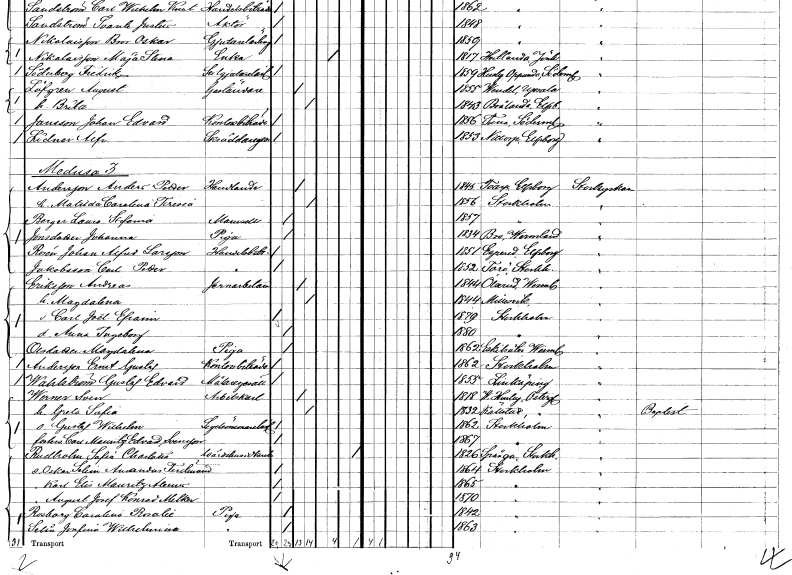
gt_parse: households: individuals: FN: Anders Petter
EN: Andersson
YRKE: Handlande
KON: M
CIV: G
FODAR: 1845
FODFORS: Toarp Älvsborgs län
FN: Matilda Carolina Teresia
KON: K
CIV: G
FODAR: 1856
FODFORS: Stockholm
FN: Laura Stefania
EN: Berger
KON: K
CIV: O
FODAR: 1857
FODFORS: Stockholm
FN: Johanna
EN: Jonsdotter
YRKE: Piga
KON: K
CIV: O
FODAR: 1834
FODFORS: Bro Värmlands län
FN: Johan Alfred
EN: Rosén Larsson
YRKE: Handelsbiträde
KON: M
CIV: O
FODAR: 1851
FODFORS: Äspered Älvsborgs län
FN: Carl Petter
EN: Jakobsson
YRKE: Handelsbiträde
KON: M
CIV: O
FODAR: 1852
FODFORS: Torö Stockholms län
FN: Andreas
EN: Eriksson
YRKE: Järnarbetare
KON: M
CIV: G
FODAR: 1844
FODFORS: Ölserud Värmlands län
FN: Magdalena
KON: K
CIV: G
FODAR: 1844
FODFORS: Millesvik Värmlands län
FN: Carl Joël Efraim
KON: M
CIV: O
FODAR: 1879
FODFORS: Stockholm
FN: Anna Ingeborg
KON: K
CIV: O
FODAR: 1880
FODFORS: Stockholm
FN: Magdalena
EN: Olsdotter
YRKE: Piga
KON: K
CIV: O
FODAR: 1862
FODFORS: Eskilsäter Värmlands län
FN: Ernst Gustaf
EN: Andersson
YRKE: Kontorsbiträde
KON: M
CIV: O
FODAR: 1862
FODFORS: Stockholm
FN: Gustaf Edvard
EN: Wahlström
YRKE: Målaregesäll
KON: M
CIV: O
FODAR: 1855
FODFORS: Linköping Östergötlands län
FN: Sven
EN: Werner
YRKE: Arbetskarl
KON: M
CIV: G
FODAR: 1818
FODFORS: Västra Husby Östergötlands län
FN: Greta Sofia
KON: K
CIV: G
FODAR: 1832
FODFORS: Källstad Östergötlands län
FN: Gustaf Wilhelm
YRKE: Segelsömmarelärling
KON: M
CIV: O
FODAR: 1862
FODFORS: Stockholm
FN: Carl Mauritz Edvard
EN: Svensson
KON: M
CIV: O
FODAR: 1867
FODFORS: Stockholm
FN: Sofia Charlotta
EN: Rudholm
YRKE: Värdshusidkerska
KON: K
CIV: X
FODAR: 1826
FODFORS: Spånga Stockholms län
FN: Oskar Selim Amandus Ferdinand
KON: M
CIV: O
FODAR: 1864
FODFORS: Stockholm
FN: Karl Elis Mauritz Alexius
KON: M
CIV: O
FODAR: 1865
FODFORS: Stockholm
FN: August Josef Konrad Melker
KON: M
CIV: O
FODAR: 1870
FODFORS: Stockholm
FN: Carolina Rosalie
EN: Rosborg
YRKE: Piga
KON: K
CIV: O
FODAR: 1842
FODFORS: Stockholm
FN: Josefina Wilhelmina
EN: Selin
YRKE: Piga
KON: K
CIV: O
FODAR: 1863
FODFORS: Stockholm